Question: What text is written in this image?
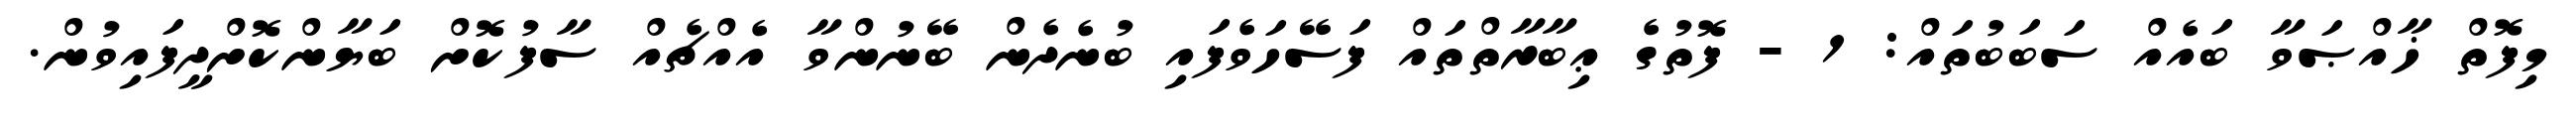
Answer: މިފޮތް ޚާއްޞަވާ ބައެއް ސަބަބުތައް: 1 - ފޮތުގެ ޢިބާރާތްތައް ފަސޭހަވެފައި ބުނެދެން ބޭނުންވާ އެއްޗެއް ސާފުކޮށް ބަޔާންކޮށްދީފައިވުން.